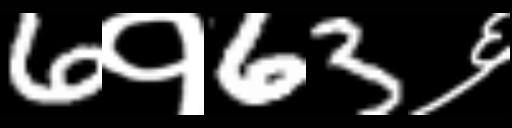
Text: 6१63६